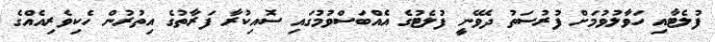
ފުލެޓާއި ހަވާލުވުމަށް ފުރުސަތު ދެވޭނީ ފުލެޓުގެ އެއްބަސްވުމުގައި ސޮއިކުރާ ފަރާތުގެ އިތުރުން ހެކިވެރިއެއްގެ